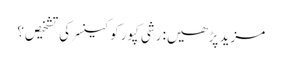
مزید پڑھیں: رشی کپور کو کینسر کی تشخیص؟